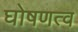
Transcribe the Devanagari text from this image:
घोषणत्व